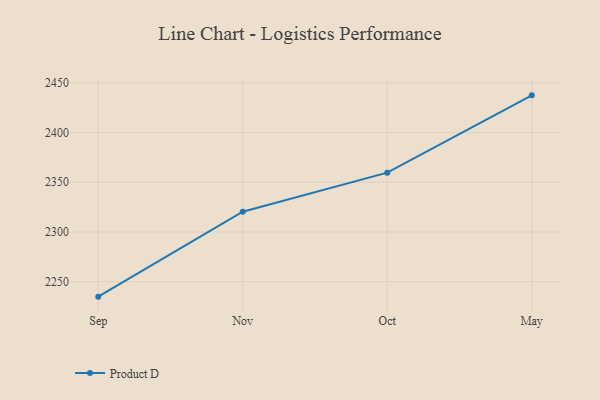
{"axis": {"x": "Month", "y": "Waste Production (Tons)"}, "legend": ["Product D"], "data": [{"x": "Sep", "y": 2235.0, "type": "Product D"}, {"x": "Nov", "y": 2320.4, "type": "Product D"}, {"x": "Oct", "y": 2359.7, "type": "Product D"}, {"x": "May", "y": 2437.4, "type": "Product D"}]}